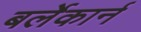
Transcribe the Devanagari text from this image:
बर्लेकार्न